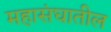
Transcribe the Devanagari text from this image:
महासंघातील